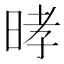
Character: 㫴